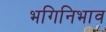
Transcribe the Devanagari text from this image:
भगिनिभाव